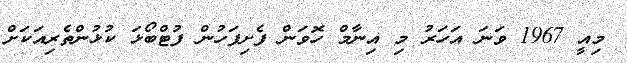
މިއީ 1967 ވަނަ އަހަރު މި އިނާމް ހޮވަން ފެށިފަހުން ފުޓްބޯޅަ ކުޅުންތެރިއަކަށް